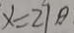
x = 2 9 \theta